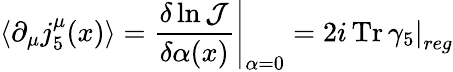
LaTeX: \langle\partial_{\mu}j_{5}^{\mu}(x)\rangle=\left.\frac{\delta\ln{\mathcal J}}{\delta\alpha(x)}\right|_{\alpha=0}=\left.2i\, \mathrm{Tr}\, \gamma_{5}\right|_{reg}